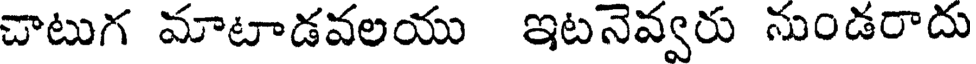
చాటుగ మాటాడవలయు ఇటనెవ్వరు నుండరాదు